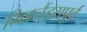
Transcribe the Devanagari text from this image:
मिडलैंड्सपूर्व